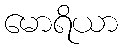
မောရိယာ